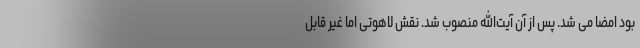
بود امضا می شد. پس از آن آیت‌الله منصوب شد. نقش لاهوتی اما غیر قابل